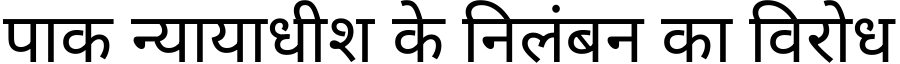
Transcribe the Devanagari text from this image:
पाक न्यायाधीश के निलंबन का विरोध